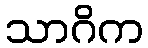
သာဂိက